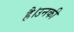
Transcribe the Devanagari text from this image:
है।उनकी